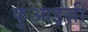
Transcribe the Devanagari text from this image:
कुआइज़ी